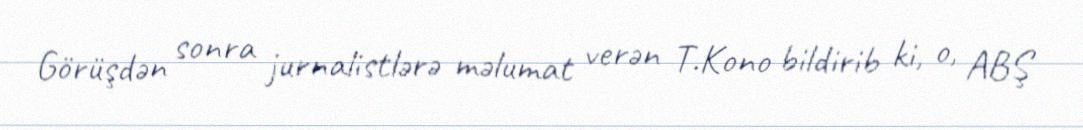
Görüşdən sonra jurnalistlərə məlumat verən T.Kono bildirib ki, o, ABŞ